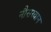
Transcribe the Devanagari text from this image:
नौसरवान